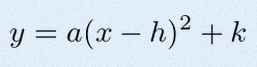
y=a(x-h)^2+k